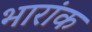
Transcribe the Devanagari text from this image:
भारांक